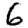
Digit: 6